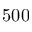
5 0 0